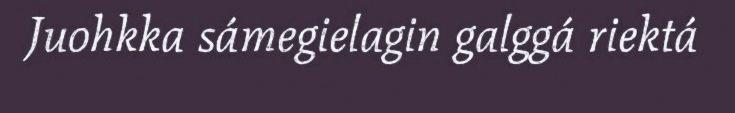
Juohkka sámegielagin galggá riektá